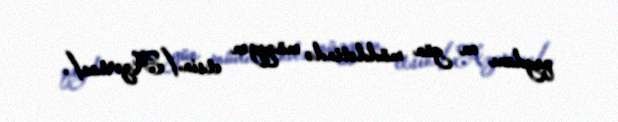
qaydanı on gün müddətində müəyyən etsin./Azərtac/.